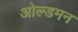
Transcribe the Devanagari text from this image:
ओल्डमन